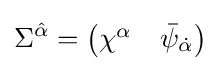
\Sigma ^{\hat {\alpha }}={\begin{pmatrix}\chi ^{\alpha }&{\bar {\psi }}_{\dot {\alpha }}\end{pmatrix}}